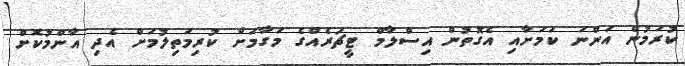
ކުރަމުން އަންނަ ކަމަށާއި އެގޮތުން އިސްލާމް ޓީޗަރެއްގެ މަގާމަށް ކުރިމަތިލުމަށް އެދި އާންމުކޮށް